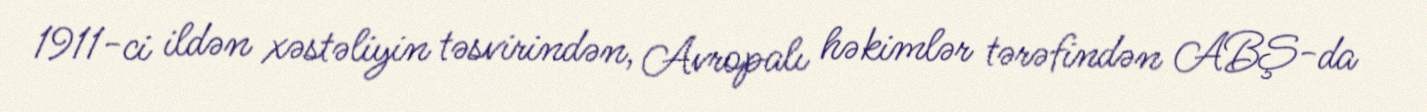
1911-ci ildən xəstəliyin təsvirindən, Avropalı həkimlər tərəfindən ABŞ-da